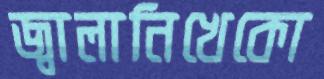
জ্বালানিখেকো